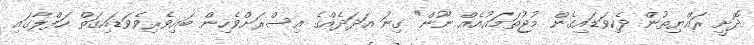
ދޮށީ ރައްޔިތުން ދެކިވަޑައިގެން މުޖުތަމައުއެއް ނޫން" ގިނަ އަދަދެއްގެ އިސްރަށްވެހިން ބައިވެރިވެވަޑައިގަތް ހަފްލާގައި